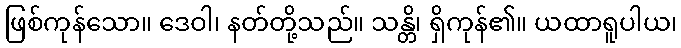
ဖြစ်ကုန်သော။ ဒေဝါ၊ နတ်တို့သည်။ သန္တိ၊ ရှိကုန်၏။ ယထာရူပါယ၊